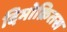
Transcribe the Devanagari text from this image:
दिमोक्रितस